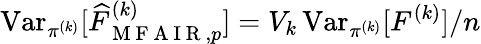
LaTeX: \operatorname{Var}_{\pi^{(k)}}[\widehat{F}_{\mathrm{~M~F~A~I~R~},p}^{(k)}]=V_{k}\operatorname{Var}_{\pi^{(k)}}[F^{(k)}]/n